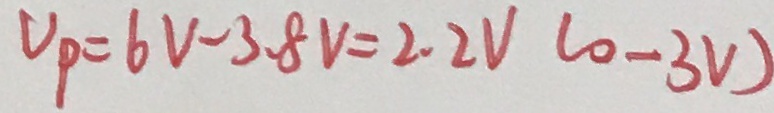
V _ { P } = 6 V - 3 . 8 V = 2 . 2 V ( 0 - 3 v )